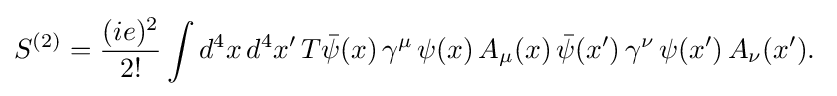
S^{(2)}={\frac {(ie)^{2}}{2!}}\int d^{4}x\,d^{4}x'\,T{\bar {\psi }}(x)\,\gamma ^{\mu }\,\psi (x)\,A_{\mu }(x)\,{\bar {\psi }}(x')\,\gamma ^{\nu }\,\psi (x')\,A_{\nu }(x').\;